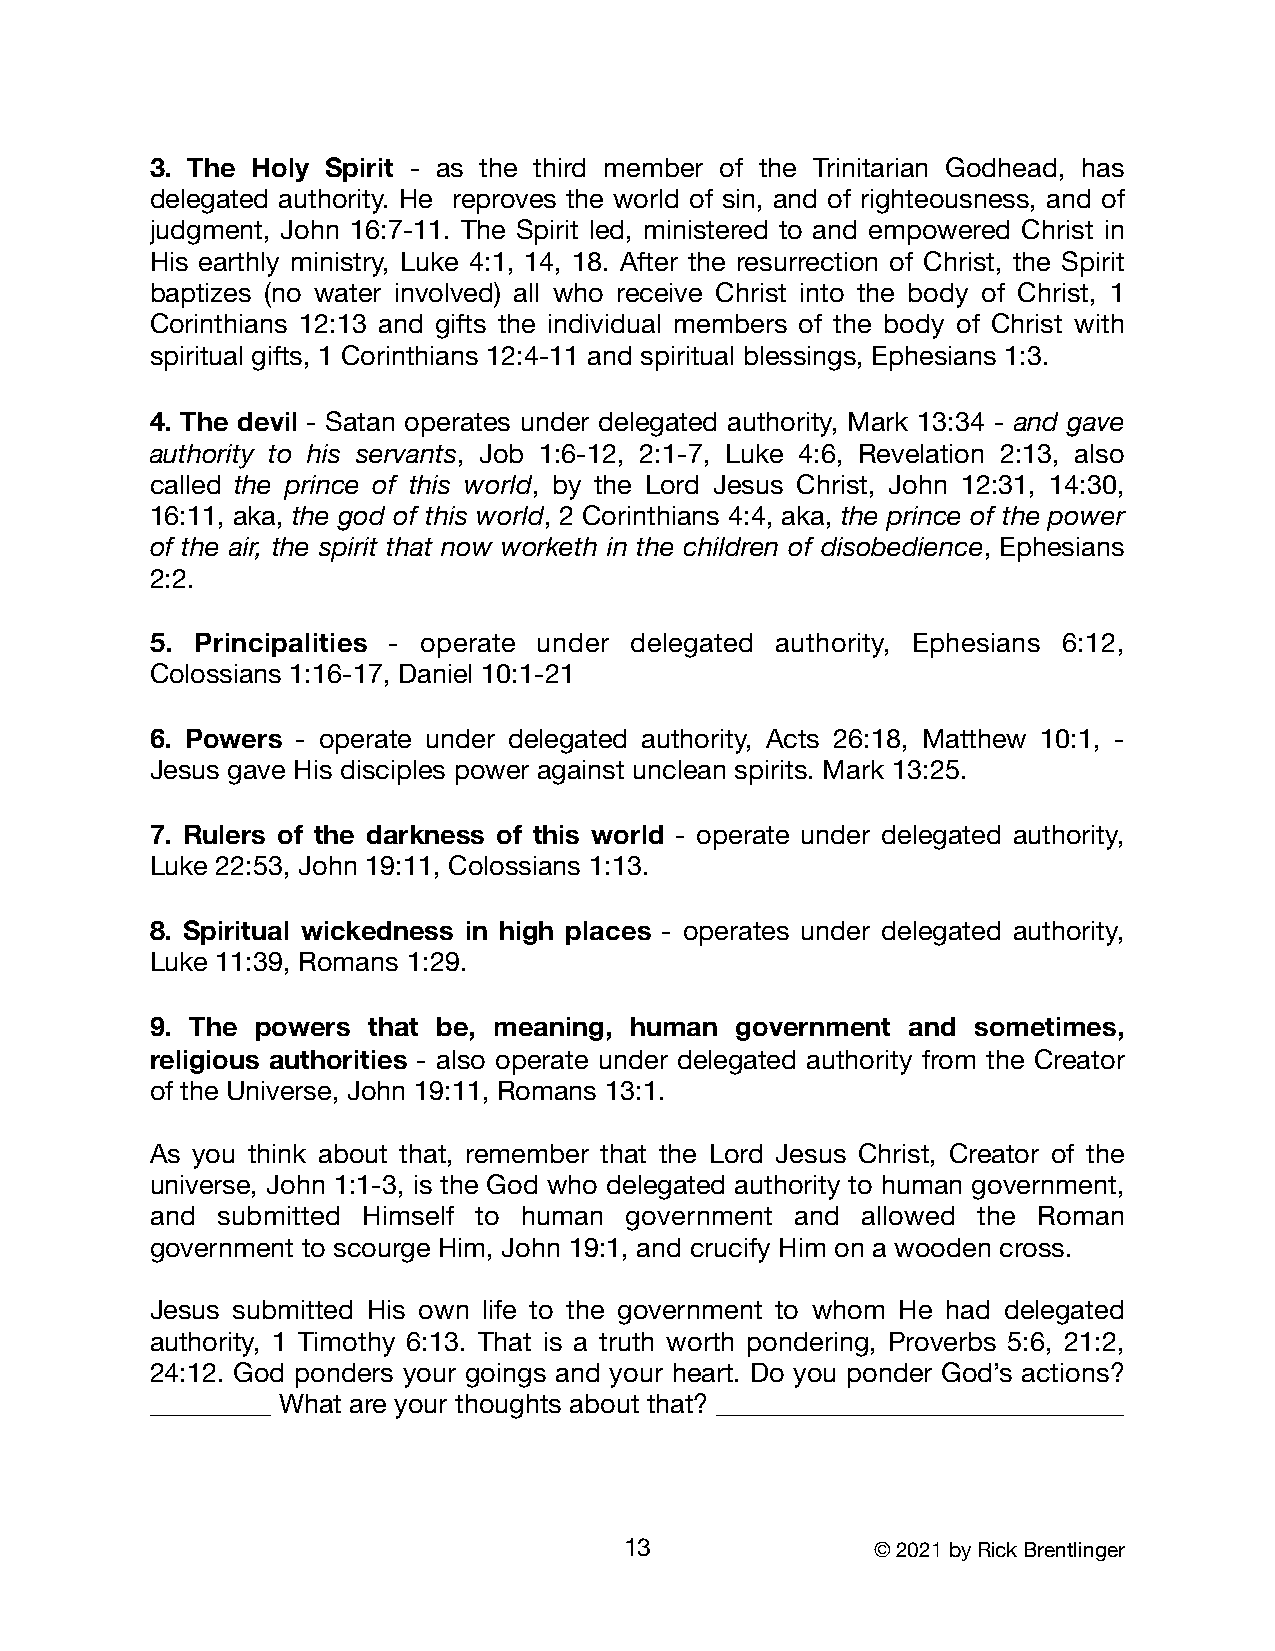
3. The Holy Spirit - as the third member of the Trinitarian Godhead, has
 delegated authority. He reproves the world of sin, and of righteousness, and of
 judgment, John 16:7-11. The Spirit led, ministered to and empowered Christ in
 His earthly ministry, Luke 4:1, 14, 18. After the resurrection of Christ, the Spirit
 baptizes (no water involved) all who receive Christ into the body of Christ, 1
 Corinthians 12:13 and gifts the individual members of the body of Christ with
 spiritual gifts, 1 Corinthians 12:4-11 and spiritual blessings, Ephesians 1:3.
 4. The devil - Satan operates under delegated authority, Mark 13:34 - and gave
 authority to his servants, Job 1:6-12, 2:1-7, Luke 4:6, Revelation 2:13, also
 called the prince of this world, by the Lord Jesus Christ, John 12:31, 14:30,
 16:11, aka, the god of this world, 2 Corinthians 4:4, aka, the prince of the power
 of the air, the spirit that now worketh in the children of disobedience, Ephesians
 2:2.
 5. Principalities - operate under delegated authority, Ephesians 6:12,
 Colossians 1:16-17, Daniel 10:1-21
 6. Powers - operate under delegated authority, Acts 26:18, Matthew 10:1, -
 Jesus gave His disciples power against unclean spirits. Mark 13:25.
 7. Rulers of the darkness of this world - operate under delegated authority,
 Luke 22:53, John 19:11, Colossians 1:13.
 8. Spiritual wickedness in high places - operates under delegated authority,
 Luke 11:39, Romans 1:29.
 9. The powers that be, meaning, human  government and  sometimes,
 religious authorities - also operate under delegated authority from the Creator
 of the Universe, John 19:11, Romans 13:1.
 As you think about that, remember that the Lord Jesus Christ, Creator of the
 universe, John 1:1-3, is the God who delegated authority to human government,
 and submitted Himself to human government  and allowed the Roman
 government to scourge Him, John 19:1, and crucify Him on a wooden cross.
 Jesus submitted His own life to the government to whom He had delegated
 authority, 1 Timothy 6:13. That is a truth worth pondering, Proverbs 5:6, 21:2,
 24:12. God ponders your goings and your heart. Do you ponder God’s actions?
 _________ What are your thoughts about that? ______________________________
 13               © 2021 by Rick Brentlinger